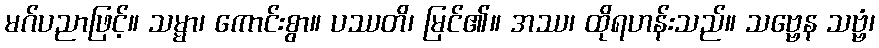
မဂ်ပညာဖြင့်။ သမ္မာ၊ ကောင်းစွာ။ ပဿတိ၊ မြင်၏။ အဿ၊ ထိုရဟန်းသည်။ သဗ္ဗေန သဗ္ဗံ၊